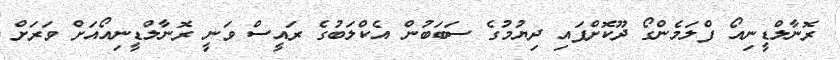
ރޮނާލްޑީނިއޯ ފްލަމެންގޯ ދޫކޮށްފައި ދިޔުމުގެ ސަބަބުން އެކްލަބުގެ ރައީސް ވަނީ ރޮނާލްޑީނިއޯއަށް ވަރަށް